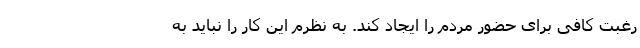
رغبت کافی برای حضور مردم را ایجاد کند. به نظرم این کار را نباید به